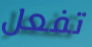
تفعل